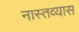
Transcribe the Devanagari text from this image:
नास्तव्यास